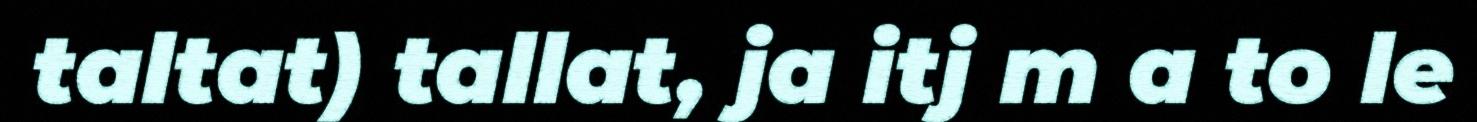
taltat) tallat, ja itj m a to le